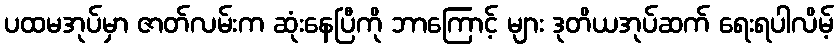
ပထမအုပ်မှာ ဇာတ်လမ်းက ဆုံးနေပြီကို ဘာကြောင့် များ ဒုတိယအုပ်ဆက် ရေးရပါလိမ့်